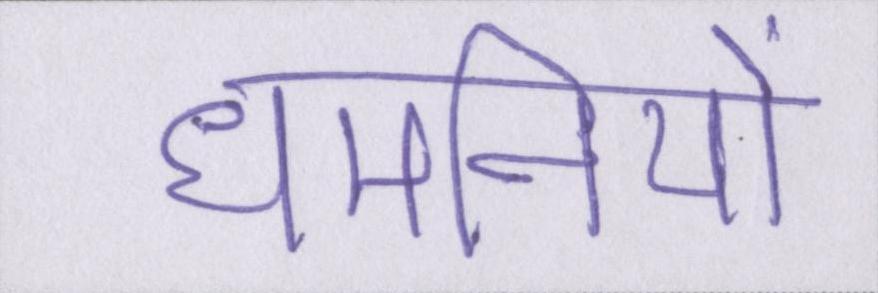
धमनियों